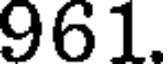
961.